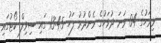
މިމަހުގެ 04 ވަނަ ދުވަހުގެ މެންދުރު ފަހު 13:45 ގައި ސިވިލް ކޯޓުގައި